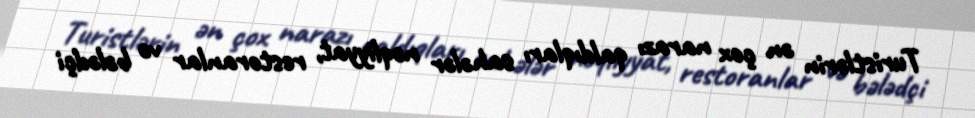
Turistlərin ən çox narazı qaldıqları sahələr nəqliyyat, restoranlar və bələdçi